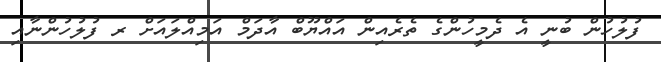
ފުލުހުން ބުނީ އެ ދެމީހުންގެ ތެރެއިން އައްޔޫބް އާދަމް އަމިއްލައަށް ރ ފުލުހުންނާއި